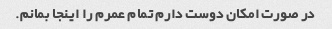
در صورت امکان دوست دارم تمام عمرم را اینجا بمانم.